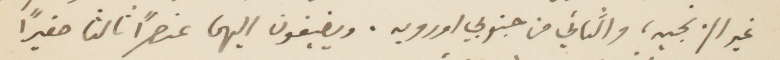
غير الزنجيه، والثاني من جنوبي اوروبه، ويضيفون إليهما عنصرًا ثالثًا صغيرًا